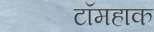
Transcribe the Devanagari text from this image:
टॉमहाक